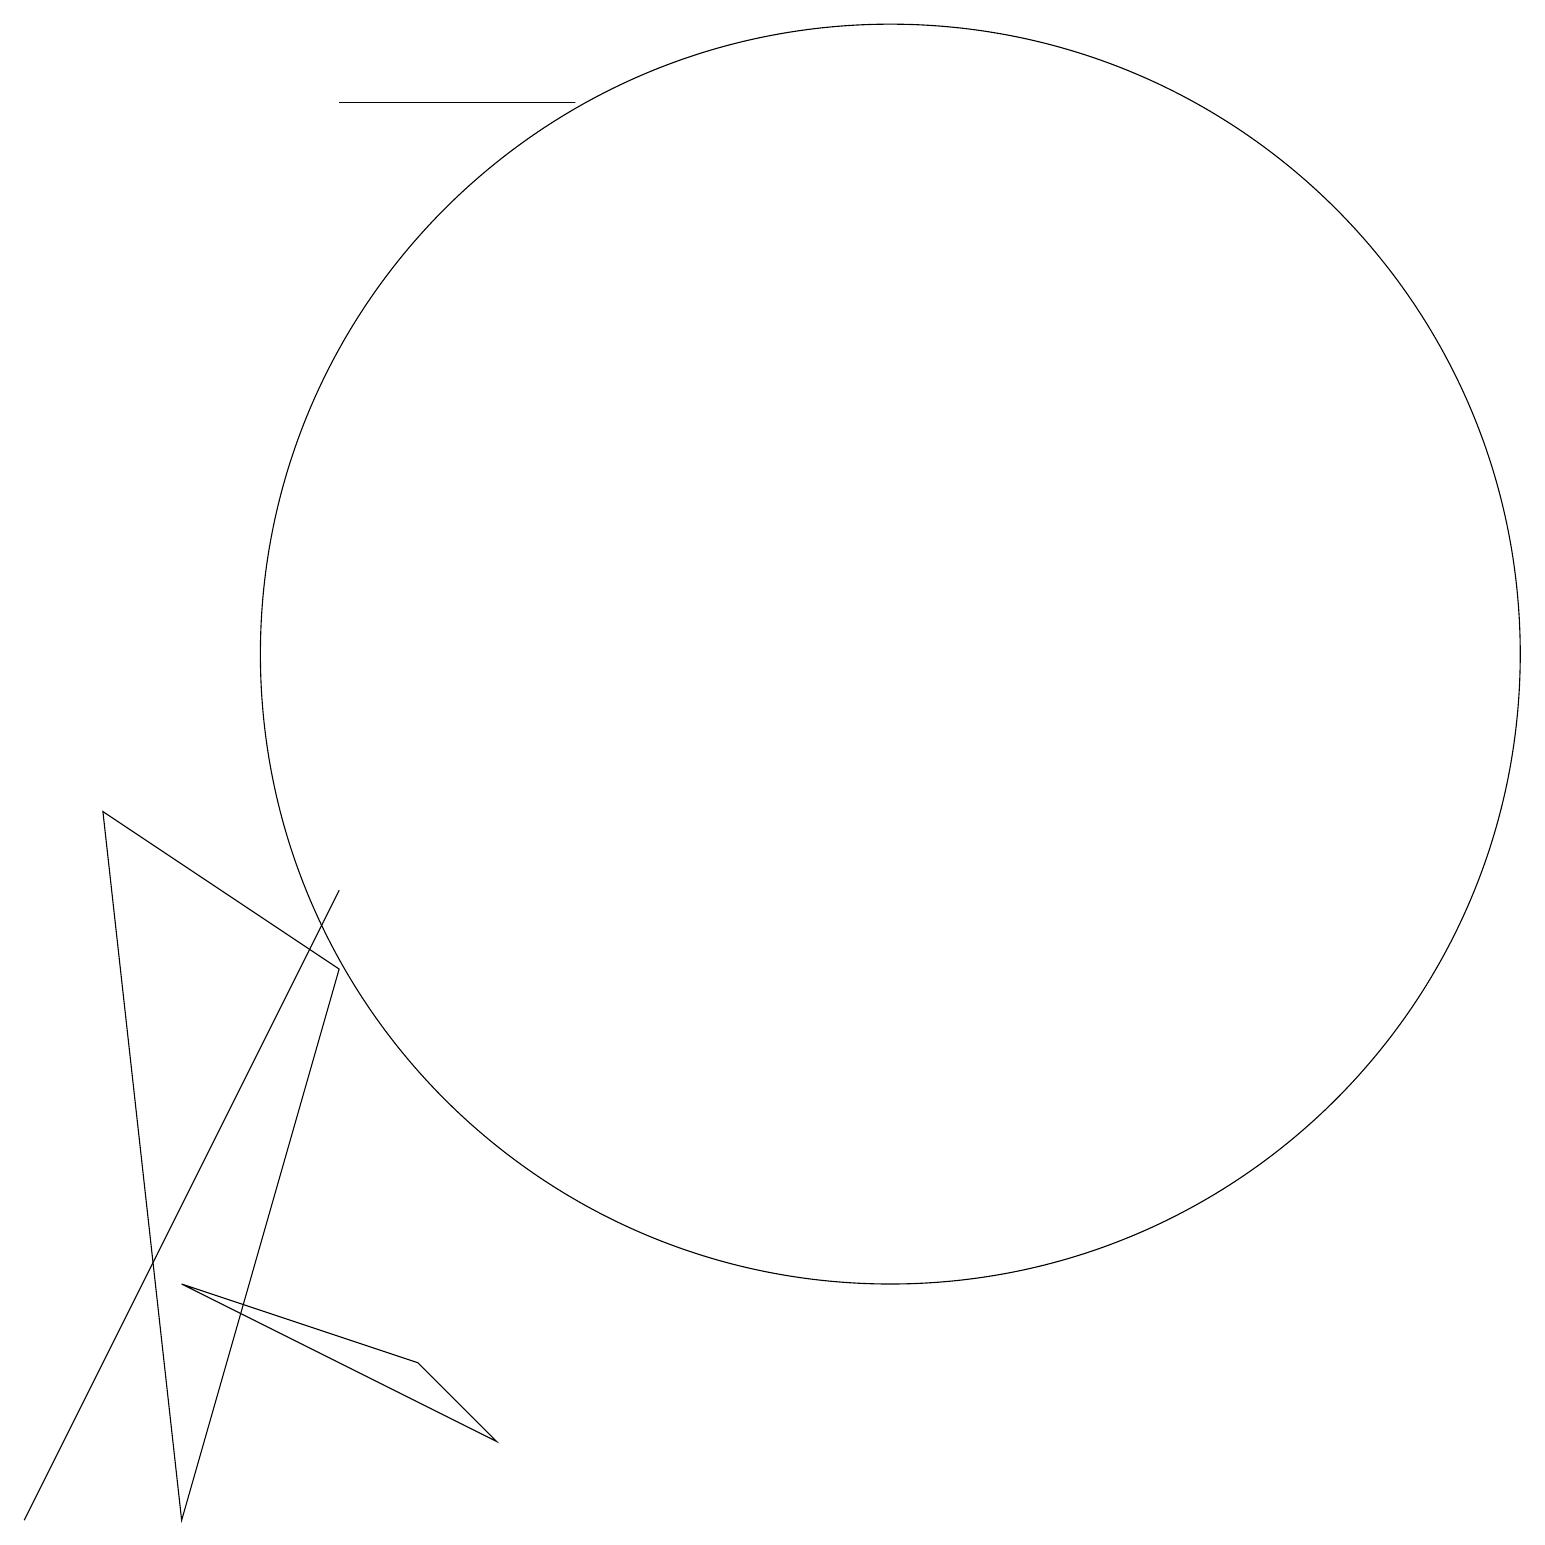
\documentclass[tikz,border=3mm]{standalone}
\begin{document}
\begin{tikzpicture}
\draw (5,2) -- (6,1) -- (2,3) -- cycle;
\draw (4,18) rectangle (7,18);
\draw (11,11) circle (8);
\draw (0,0) -- (0,0) -- (4,8) -- cycle;
\draw (1,9) -- (2,0) -- (4,7) -- cycle;
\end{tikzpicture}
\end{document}